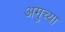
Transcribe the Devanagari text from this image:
अमुच्या